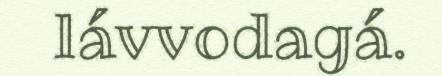
lávvodagá.